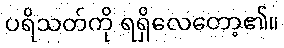
ပရိသတ်ကို ရရှိလေတော့၏။